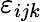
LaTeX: \varepsilon_{ijk}